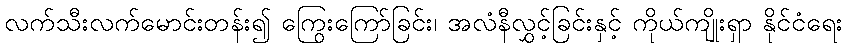
လက်သီးလက်မောင်းတန်း၍ ကြွေးကြော်ခြင်း၊ အလံနီလွှင့်ခြင်းနှင့် ကိုယ်ကျိုးရှာ နိုင်ငံရေး